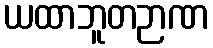
ယထာဘူတဉာဏ